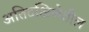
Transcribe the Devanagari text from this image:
अतिदक्षिणेतील